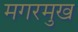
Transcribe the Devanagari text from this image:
मगरमुख